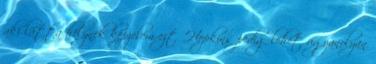
aki látta helynek képzelem ezt. Hopkins pedig lehet ugyanolyan